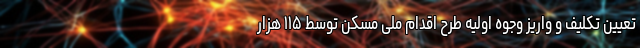
تعیین‌ تکلیف و واریز وجوه اولیه طرح اقدام ملی مسکن توسط ۱۱۵ هزار